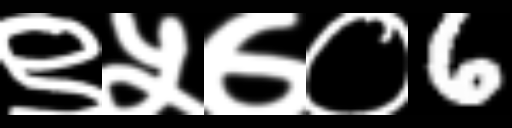
Text: ९५७०6